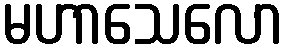
မဟာသေလော